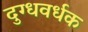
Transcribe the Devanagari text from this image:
दुग्धवर्धक